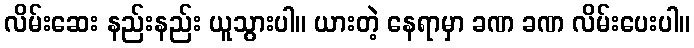
လိမ်းဆေး နည်းနည်း ယူသွားပါ။ ယားတဲ့ နေရာမှာ ခဏ ခဏ လိမ်းပေးပါ။